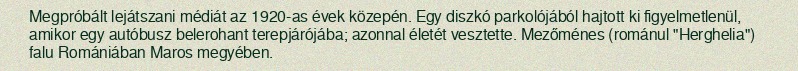
Megpróbált lejátszani médiát az 1920-as évek közepén. Egy diszkó parkolójából hajtott ki figyelmetlenül, amikor egy autóbusz belerohant terepjárójába; azonnal életét vesztette. Mezőménes (románul "Herghelia") falu Romániában Maros megyében.